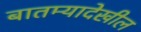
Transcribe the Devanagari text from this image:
बातम्यादेखील